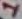
Text: 1